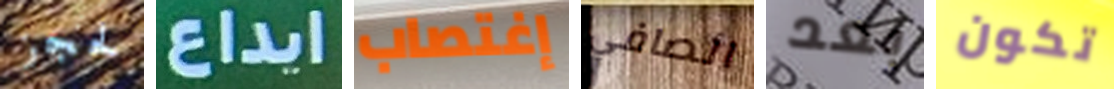
لحجز ايداع إغتصاب الصافي بعد تكون